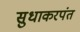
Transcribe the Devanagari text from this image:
सुधाकरपंत